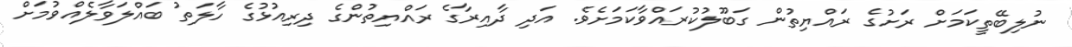
ނުލިބޭތީކަމަށް ރަށުގެ ރައްޔިތުން ގަބޫލުކުރައްވާކަމަށެވެ. އަދި ދާއިރާގެ ރައްޔިތުންގެ ދިރިއުޅުގެ ހާލަތު ބައްލަވާލެއްވުމަށް